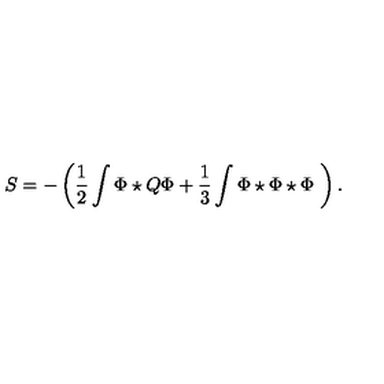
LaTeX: S = - \left( \frac { 1 } { 2 } \int \Phi \star Q \Phi + \frac { 1 } { 3 } \int \Phi \star \Phi \star \Phi \ \right) .